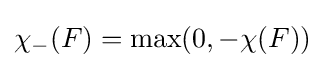
\chi _{-}(F)=\max(0,-\chi (F))